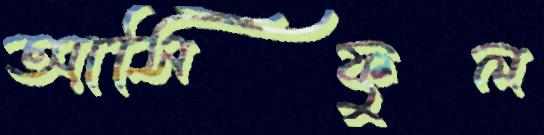
আসিফুল